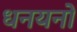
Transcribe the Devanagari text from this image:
धनयनों